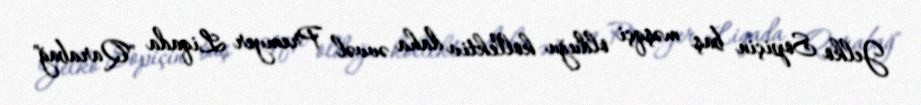
Jelko Sopiçin baş məşqçi olduğu kollektiv daha əvvəl Premyer Liqada "Qarabağ"